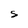
Character: S